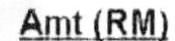
AMT(RM)